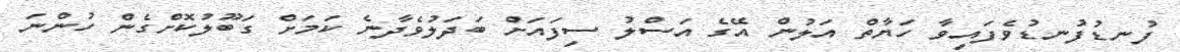
ފުނޑުފުނޑުވެފައިވާ ހަޔާތް އަލުން އޭގެ އަސްލު ސިފައަށް ބަދަލުވެދާނެ ކަމަށް ގަބޫލުކޮށްގެން ހުންނަ